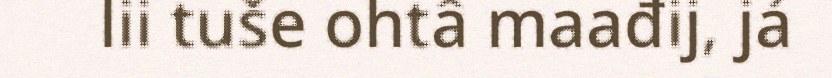
lii tuše ohtâ maađij, já